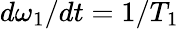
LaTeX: d\omega_{1}/dt=1/T_{1}